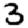
Digit: 3